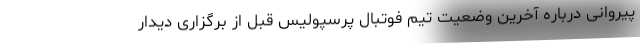
پیروانی درباره آخرین وضعیت تیم فوتبال پرسپولیس قبل از برگزاری دیدار